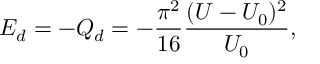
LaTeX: E _ { d } = - Q _ { d } = - \frac { \pi ^ { 2 } } { 1 6 } \frac { ( U - U _ { 0 } ) ^ { 2 } } { U _ { 0 } } ,